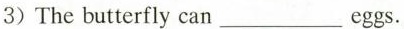
3)The butterfly can___eggs.